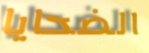
الضحايا